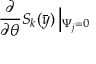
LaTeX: \frac { \partial } { \partial \theta } S _ { k } ( \bar { y } ) \left| _ { \Psi _ { j } = 0 } \right.